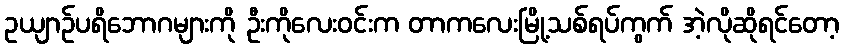
ဥယျာဉ်ပရိဘောဂများကို ဦးကိုလေးဝင်းက တာကလေးမြို့သစ်ရပ်ကွက် အဲ့လိုဆိုရင်တော့